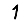
Digit: 1